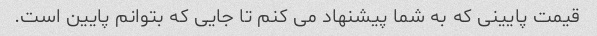
قیمت پایینی که به شما پیشنهاد می کنم تا جایی که بتوانم پایین است.